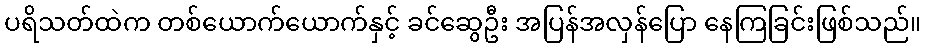
ပရိသတ်ထဲက တစ်ယောက်ယောက်နှင့် ခင်ဆွေဦး အပြန်အလှန်ပြော နေကြခြင်းဖြစ်သည်။